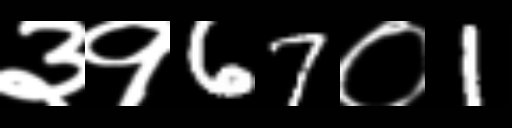
Text: ३१67०1